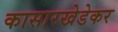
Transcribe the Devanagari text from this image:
कासारखेडेकर